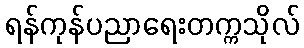
ရန်ကုန်ပညာရေးတက္ကသိုလ်